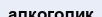
алкоголик